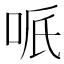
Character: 𠲐